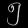
Digit: ၅